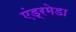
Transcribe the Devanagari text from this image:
एंड्रमेडा